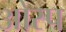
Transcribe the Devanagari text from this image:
ओस्प